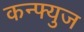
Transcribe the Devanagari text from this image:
कन्फ्युज